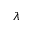
\lambda